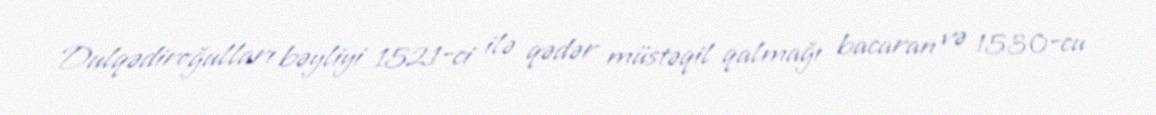
Dulqədiroğulları bəyliyi 1521-ci ilə qədər müstəqil qalmağı bacaran və 1530-cu